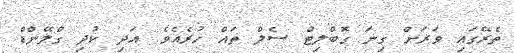
ތެރޭގައި ވަރަށް ގިނަ ގޮބްލިޓް ސެލް ތައް ހުރެއެވެ. އަދި ކުދި ގްލޭންޑް